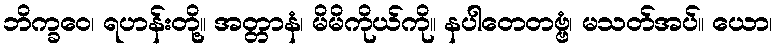
ဘိက္ခဝေ၊ ရဟန်းတို့။ အတ္တာနံ၊ မိမိကိုယ်ကို။ နပါတေတဗ္ဗံ၊ မသတ်အပ်။ ယော၊